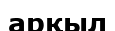
арқыл